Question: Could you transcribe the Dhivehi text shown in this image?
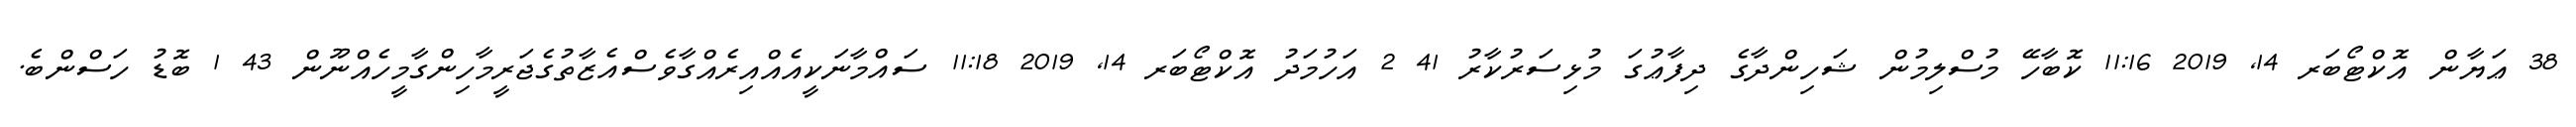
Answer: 38 ޢަޔާން އޮކްޓޯބަރ 14, 2019 11:16 ކޮބާހޭ މުސްލިމުން ޝަހިންދާގެ ދިފާޢުގަ މުޅިސަރުކާރު 41 2 އަހުމަދު އޮކްޓޯބަރ 14, 2019 11:18 ސައްމާނަކީއެއްއިރެއްގާވެސްއެޒާތުގެޖަރީމާހިންގާމީހެއްނޫން 43 1 ބޮޑު ހަސްންބެ.